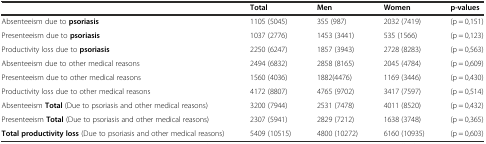
<table><thead><tr><td></td><td><b>Total</b></td><td><b>Men</b></td><td><b>Women</b></td><td><b>p-values</b></td></tr></thead><tbody><tr><td>Absenteeism due to <b>psoriasis</b></td><td>1105 (5045)</td><td>355 (987)</td><td>2032 (7419)</td><td>(p = 0,151)</td></tr><tr><td>Presenteeism due to <b>psoriasis</b></td><td>1037 (2776)</td><td>1453 (3441)</td><td>535 (1566)</td><td>(p = 0,123)</td></tr><tr><td>Productivity loss due to <b>psoriasis</b></td><td>2250 (6247)</td><td>1857 (3943)</td><td>2728 (8283)</td><td>(p = 0,563)</td></tr><tr><td>Absenteeism due to other medical reasons</td><td>2494 (6832)</td><td>2858 (8165)</td><td>2045 (4784)</td><td>(p = 0,609)</td></tr><tr><td>Presenteeism due to other medical reasons</td><td>1560 (4036)</td><td>1882(4476)</td><td>1169 (3446)</td><td>(p = 0,430)</td></tr><tr><td>Productivity loss due to other medical reasons</td><td>4172 (8807)</td><td>4765 (9702)</td><td>3417 (7597)</td><td>(p = 0,514)</td></tr><tr><td>Absenteeism <b>Total</b> (Due to psoriasis and other medical reasons)</td><td>3200 (7944)</td><td>2531 (7478)</td><td>4011 (8520)</td><td>(p = 0,432)</td></tr><tr><td>Presenteeism <b>Total</b> (Due to psoriasis and other medical reasons)</td><td>2307 (5941)</td><td>2829 (7212)</td><td>1638 (3748)</td><td>(p = 0,365)</td></tr><tr><td><b>Total productivity loss</b> (Due to psoriasis and other medical reasons)</td><td>5409 (10515)</td><td>4800 (10272)</td><td>6160 (10935)</td><td>(p = 0,603)</td></tr></tbody></table>